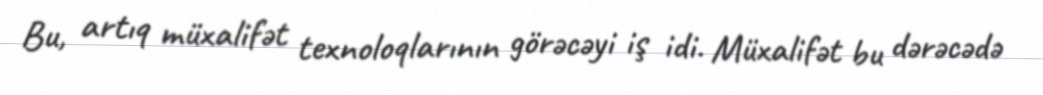
Bu, artıq müxalifət texnoloqlarının görəcəyi iş idi. Müxalifət bu dərəcədə